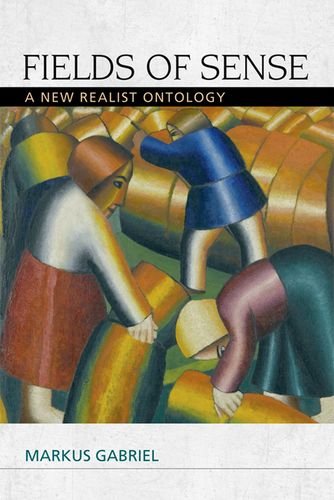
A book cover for Fields of Sense: A New Realist Ontology (Speculative Realism EUP); Markus Gabriel; Politics & Social Sciences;